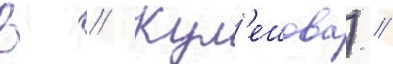
В // Кул'ешова) //